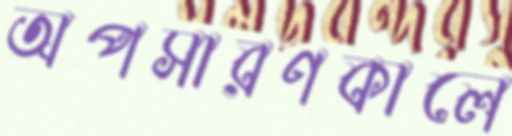
অপসারণকালে